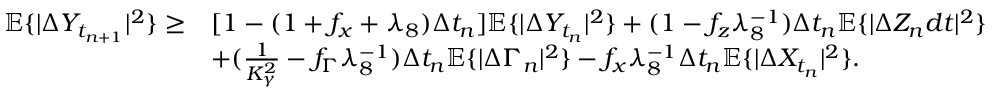
\begin{array} { r } { \begin{array} { r l } { \mathbb { E } \{ | \Delta Y _ { t _ { n + 1 } } | ^ { 2 } \} \geq } & { [ 1 - ( 1 + f _ { x } + \lambda _ { 8 } ) \Delta { t _ { n } } ] \mathbb { E } \{ | \Delta Y _ { t _ { n } } | ^ { 2 } \} + ( 1 - f _ { z } \lambda _ { 8 } ^ { - 1 } ) \Delta { t _ { n } } \mathbb { E } \{ | \Delta Z _ { n } d t | ^ { 2 } \} } \\ & { + ( \frac { 1 } { K _ { \gamma } ^ { 2 } } - f _ { \Gamma } \lambda _ { 8 } ^ { - 1 } ) \Delta { t _ { n } } \mathbb { E } \{ | \Delta \Gamma _ { n } | ^ { 2 } \} - f _ { x } \lambda _ { 8 } ^ { - 1 } \Delta { t _ { n } } \mathbb { E } \{ | \Delta X _ { t _ { n } } | ^ { 2 } \} . } \end{array} } \end{array}